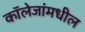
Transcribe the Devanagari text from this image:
कॉलेजांमधील